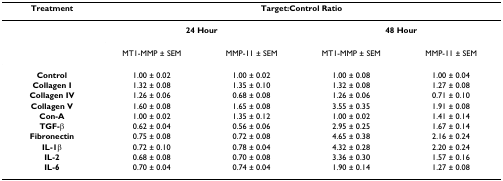
<table><thead><tr><td><b>Treatment</b></td><td colspan="4"><b>Target:Control Ratio</b></td></tr></thead><tbody><tr><td></td><td colspan="2"><b>24 Hour</b></td><td colspan="2"><b>48 Hour</b></td></tr><tr><td></td><td>MT1-MMP ± SEM</td><td>MMP-11 ± SEM</td><td>MT1-MMP ± SEM</td><td>MMP-11 ± SEM</td></tr><tr><td><b>Control</b></td><td>1.00 ± 0.02</td><td>1.00 ± 0.02</td><td>1.00 ± 0.08</td><td>1.00 ± 0.04</td></tr><tr><td><b>Collagen I</b></td><td>1.32 ± 0.08</td><td>1.35 ± 0.10</td><td>1.32 ± 0.08</td><td>1.27 ± 0.08</td></tr><tr><td><b>Collagen IV</b></td><td>1.26 ± 0.06</td><td>0.68 ± 0.08</td><td>1.26 ± 0.06</td><td>0.71 ± 0.10</td></tr><tr><td><b>Collagen V</b></td><td>1.60 ± 0.08</td><td>1.65 ± 0.08</td><td>3.55 ± 0.35</td><td>1.91 ± 0.08</td></tr><tr><td><b>Con-A</b></td><td>1.00 ± 0.02</td><td>1.35 ± 0.12</td><td>1.00 ± 0.02</td><td>1.41 ± 0.14</td></tr><tr><td><b>TGF-β</b></td><td>0.62 ± 0.04</td><td>0.56 ± 0.06</td><td>2.95 ± 0.25</td><td>1.67 ± 0.14</td></tr><tr><td><b>Fibronectin</b></td><td>0.75 ± 0.08</td><td>0.72 ± 0.08</td><td>4.65 ± 0.38</td><td>2.16 ± 0.24</td></tr><tr><td><b>IL-1β</b></td><td>0.72 ± 0.10</td><td>0.78 ± 0.04</td><td>4.32 ± 0.28</td><td>2.20 ± 0.24</td></tr><tr><td><b>IL-2</b></td><td>0.68 ± 0.08</td><td>0.70 ± 0.08</td><td>3.36 ± 0.30</td><td>1.57 ± 0.16</td></tr><tr><td><b>IL-6</b></td><td>0.70 ± 0.04</td><td>0.74 ± 0.04</td><td>1.90 ± 0.14</td><td>1.27 ± 0.08</td></tr></tbody></table>